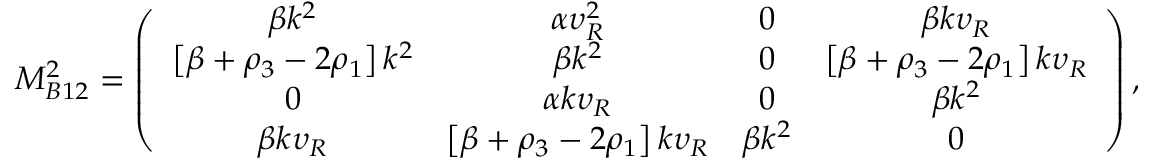
M _ { B 1 2 } ^ { 2 } = \left( \begin{array} { c c c c } { { \beta k ^ { 2 } } } & { { \alpha \upsilon _ { R } ^ { 2 } } } & { { 0 } } & { { \beta k \upsilon _ { R } } } \\ { { \left[ \beta + \rho _ { 3 } - 2 \rho _ { 1 } \right] k ^ { 2 } } } & { { \beta k ^ { 2 } } } & { { 0 } } & { { \left[ \beta + \rho _ { 3 } - 2 \rho _ { 1 } \right] k \upsilon _ { R } } } \\ { { 0 } } & { { \alpha k \upsilon _ { R } } } & { { 0 } } & { { \beta k ^ { 2 } } } \\ { { \beta k \upsilon _ { R } } } & { { \left[ \beta + \rho _ { 3 } - 2 \rho _ { 1 } \right] k \upsilon _ { R } } } & { { \beta k ^ { 2 } } } & { { 0 } } \end{array} \right) ,